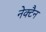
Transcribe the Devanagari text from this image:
नेक्टैन